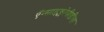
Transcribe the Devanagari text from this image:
ऍन्साइक्लोपीडीया